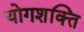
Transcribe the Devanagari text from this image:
योगशक्‍ति